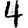
Digit: 4